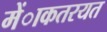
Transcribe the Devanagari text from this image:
मेंाकतरयत